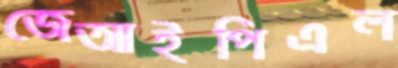
জেআইপিএল